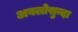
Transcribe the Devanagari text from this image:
अवलोसुन्दा